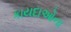
કાયદાઓના